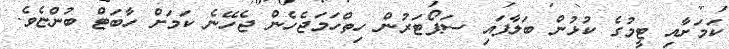
ކަމަށާއި ޓީމުގެ ކުޅުން ބަލާފައި ސަޕޯޓަރުން ހިތްހަމަޖެހެން ޖެހޭނެ ކަމަށް ހާބަޓް ބުންޏެވެ.